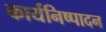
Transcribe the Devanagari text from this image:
कार्यनिष्‍पादन